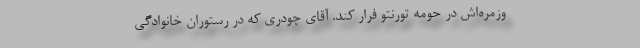
وزمره‌اش در حومه تورنتو فرار کند. آقای چودری که در رستوران خانوادگی